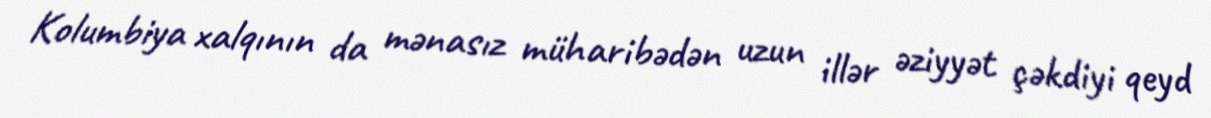
Kolumbiya xalqının da mənasız müharibədən uzun illər əziyyət çəkdiyi qeyd